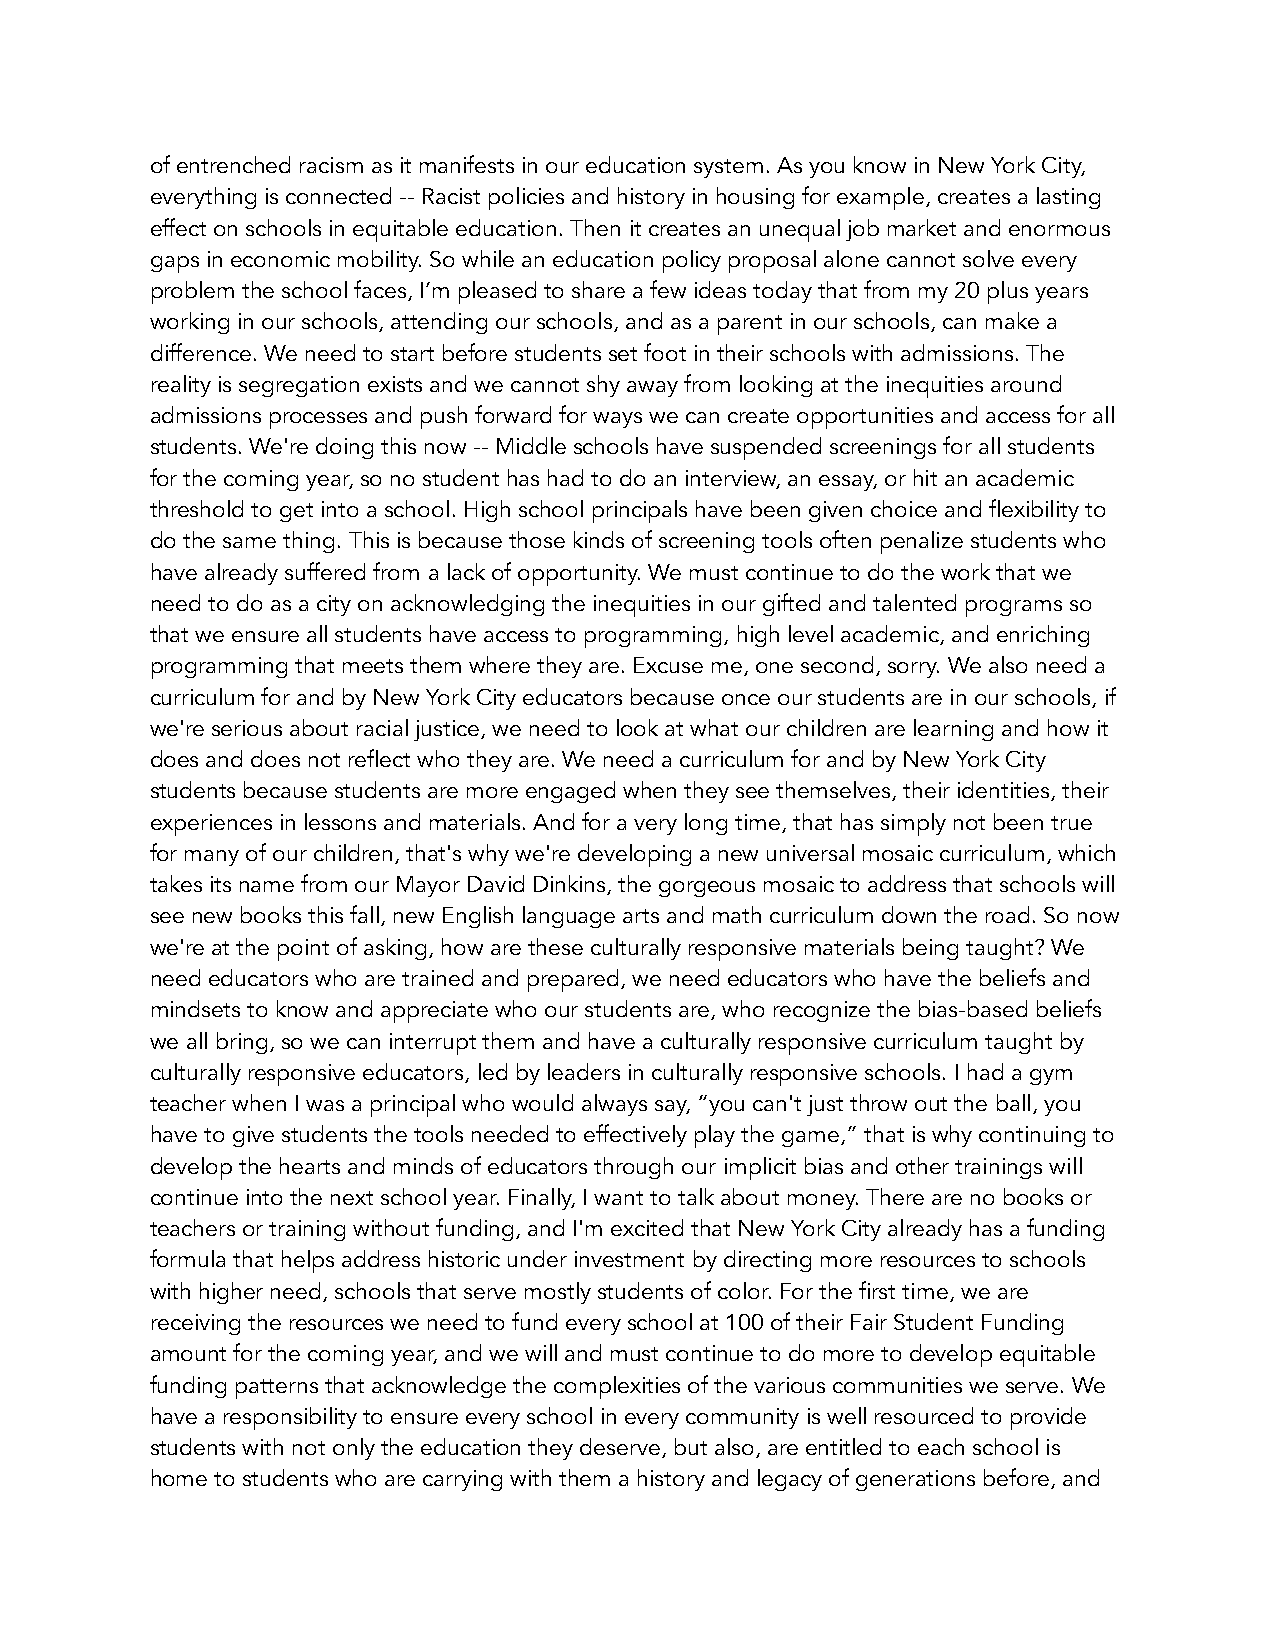
of entrenched racism as it manifests in our education system. As you know in New York City,
 everything is connected -- Racist policies and history in housing for example, creates a lasting
 effect on schools in equitable education. Then it creates an unequal job market and enormous
 gaps in economic mobility. So while an education policy proposal alone cannot solve every
 problem the school faces, I’m pleased to share a few ideas today that from my 20 plus years
 working in our schools, attending our schools, and as a parent in our schools, can make a
 difference. We need to start before students set foot in their schools with admissions. The
 reality is segregation exists and we cannot shy away from looking at the inequities around
 admissions processes and push forward for ways we can create opportunities and access for all
 students. We're doing this now -- Middle schools have suspended screenings for all students
 for the coming year, so no student has had to do an interview, an essay, or hit an academic
 threshold to get into a school. High school principals have been given choice and flexibility to
 do the same thing. This is because those kinds of screening tools often penalize students who
 have already suffered from a lack of opportunity. We must continue to do the work that we
 need to do as a city on acknowledging the inequities in our gifted and talented programs so
 that we ensure all students have access to programming, high level academic, and enriching
 programming that meets them where they are. Excuse me, one second, sorry. We also need a
 curriculum for and by New York City educators because once our students are in our schools, if
 we're serious about racial justice, we need to look at what our children are learning and how it
 does and does not reflect who they are. We need a curriculum for and by New York City
 students because students are more engaged when they see themselves, their identities, their
 experiences in lessons and materials. And for a very long time, that has simply not been true
 for many of our children, that's why we're developing a new universal mosaic curriculum, which
 takes its name from our Mayor David Dinkins, the gorgeous mosaic to address that schools will
 see new books this fall, new English language arts and math curriculum down the road. So now
 we're at the point of asking, how are these culturally responsive materials being taught? We
 need educators who are trained and prepared, we need educators who have the beliefs and
 mindsets to know and appreciate who our students are, who recognize the bias-based beliefs
 we all bring, so we can interrupt them and have a culturally responsive curriculum taught by
 culturally responsive educators, led by leaders in culturally responsive schools. I had a gym
 teacher when I was a principal who would always say, “you can't just throw out the ball, you
 have to give students the tools needed to effectively play the game,” that is why continuing to
 develop the hearts and minds of educators through our implicit bias and other trainings will
 continue into the next school year. Finally, I want to talk about money. There are no books or
 teachers or training without funding, and I'm excited that New York City already has a funding
 formula that helps address historic under investment by directing more resources to schools
 with higher need, schools that serve mostly students of color. For the first time, we are
 receiving the resources we need to fund every school at 100 of their Fair Student Funding
 amount for the coming year, and we will and must continue to do more to develop equitable
 funding patterns that acknowledge the complexities of the various communities we serve. We
 have a responsibility to ensure every school in every community is well resourced to provide
 students with not only the education they deserve, but also, are entitled to each school is
 home to students who are carrying with them a history and legacy of generations before, and